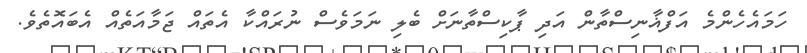
ހަމައެހެންމެ އަފްޣާނިސްތާން އަދި ޕާކިސްތާނަށް ބެލި ނަމަވެސް ނުރައްކާ އެތައް ޖަމާއަތެއް އެބައޮތެވެ.